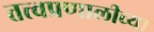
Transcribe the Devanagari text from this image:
तत्त्वप्रणालीच्या